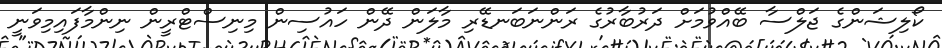
ކޯލިޝަންގެ ޖަލްސާ ބޭއްވުމަށް ދަރުބާރުގެ ރަންނަބަނޑޭރި މާލަން ދޭން ހައުސިން މިނިސްޓްރީން ނިންމާފައިމިވަނީ